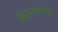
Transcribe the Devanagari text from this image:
ब्रह्मप्रलयपर्यन्तं